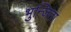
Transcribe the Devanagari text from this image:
भुन्जिता